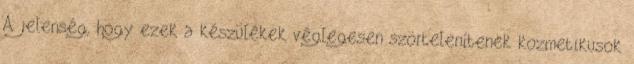
A jelenség, hogy ezek a készülékek véglegesen szörtelenítenek kozmetikusok